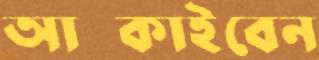
আট্‌কাইবেন